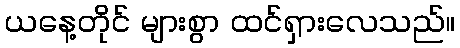
ယနေ့တိုင် များစွာ ထင်ရှားလေသည်။